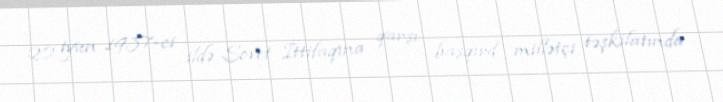
20 iyun 1937-ci ildə Sovet İttifaqına qarşı başqırd millətçi təşkilatında